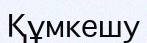
Құмкешу